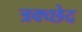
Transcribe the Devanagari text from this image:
त्रक्च्छेद